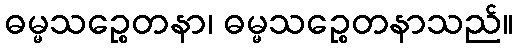
ဓမ္မသဉ္စေတနာ၊ ဓမ္မသဉ္စေတနာသည်။